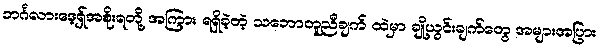
ဘင်္ဂလားဒေ့ရှ်အစိုးရတို့ အကြား ရရှိခဲ့တဲ့ သဘောတူညီချက် ထဲမှာ ချို့ယွင်းချက်တွေ အများအပြား